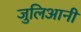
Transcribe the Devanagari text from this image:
जुलिआनी